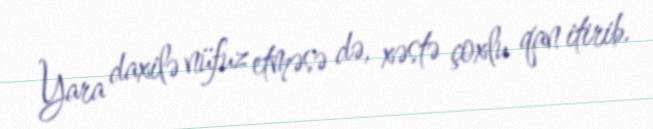
Yara daxilə nüfuz etməsə də, xəstə çoxlu qan itirib.